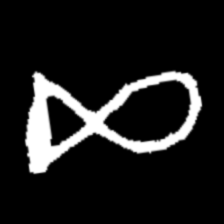
Pyu character \u2014 Myanmar letter: ဆ (romanized: cha)